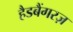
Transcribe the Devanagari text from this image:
हैडबैंगरज़